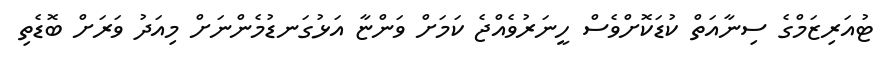
ޓުއަރިޒަމްގެ ސިނާއަތް ކުޑަކޮށްވެސް ހީނަރުވެއްޖެ ކަމަށް ވަންޏާ އަޅުގަނޑުމެންނަށް މިއަދު ވަރަށް ބޮޑެތި